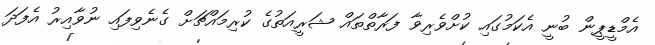
އެމްޑީޕީން ބުނީ އެކަމުގައި ކުށްވެރިވާ ފަރާތްތައް ޝަރީއަތުގެ ކުރިމައްޗަށް ގެނެވިފައި ނުވާއިރު އެފަދަ